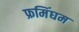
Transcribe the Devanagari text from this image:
फ्रमिंघम